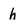
Character: h